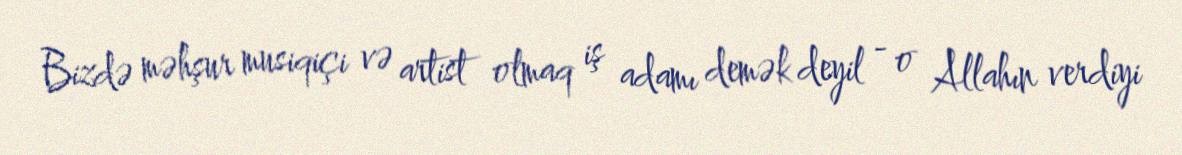
Bizdə məhşur musiqiçi və artist olmaq iş adamı demək deyil - o Allahın verdiyi